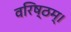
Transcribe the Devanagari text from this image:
वरिष्ठम्‌।